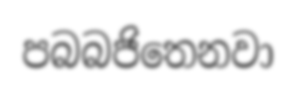
පබබජිතෙනවා